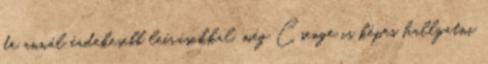
de annál érdekesebb leírásokkal, még Csenge is képes hallgatni